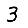
Digit: 3